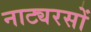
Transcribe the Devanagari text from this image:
नाट्यरसों